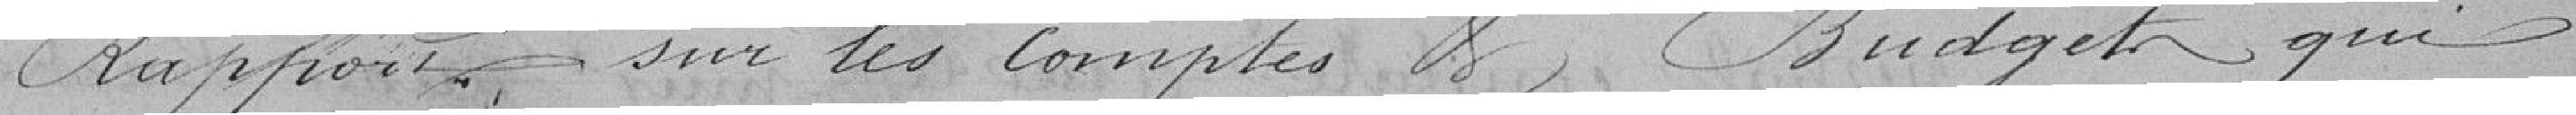
rapport sur les comptes et budget qui